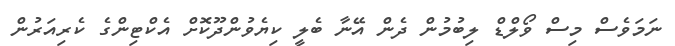
ނަމަވެސް މިސް ވޯލްޑް ލިބުމުން ދެން އޭނާ ބެލީ ކިޔެވުންދޫކޮށް އެކްޓިންގެ ކެރިއަރުން